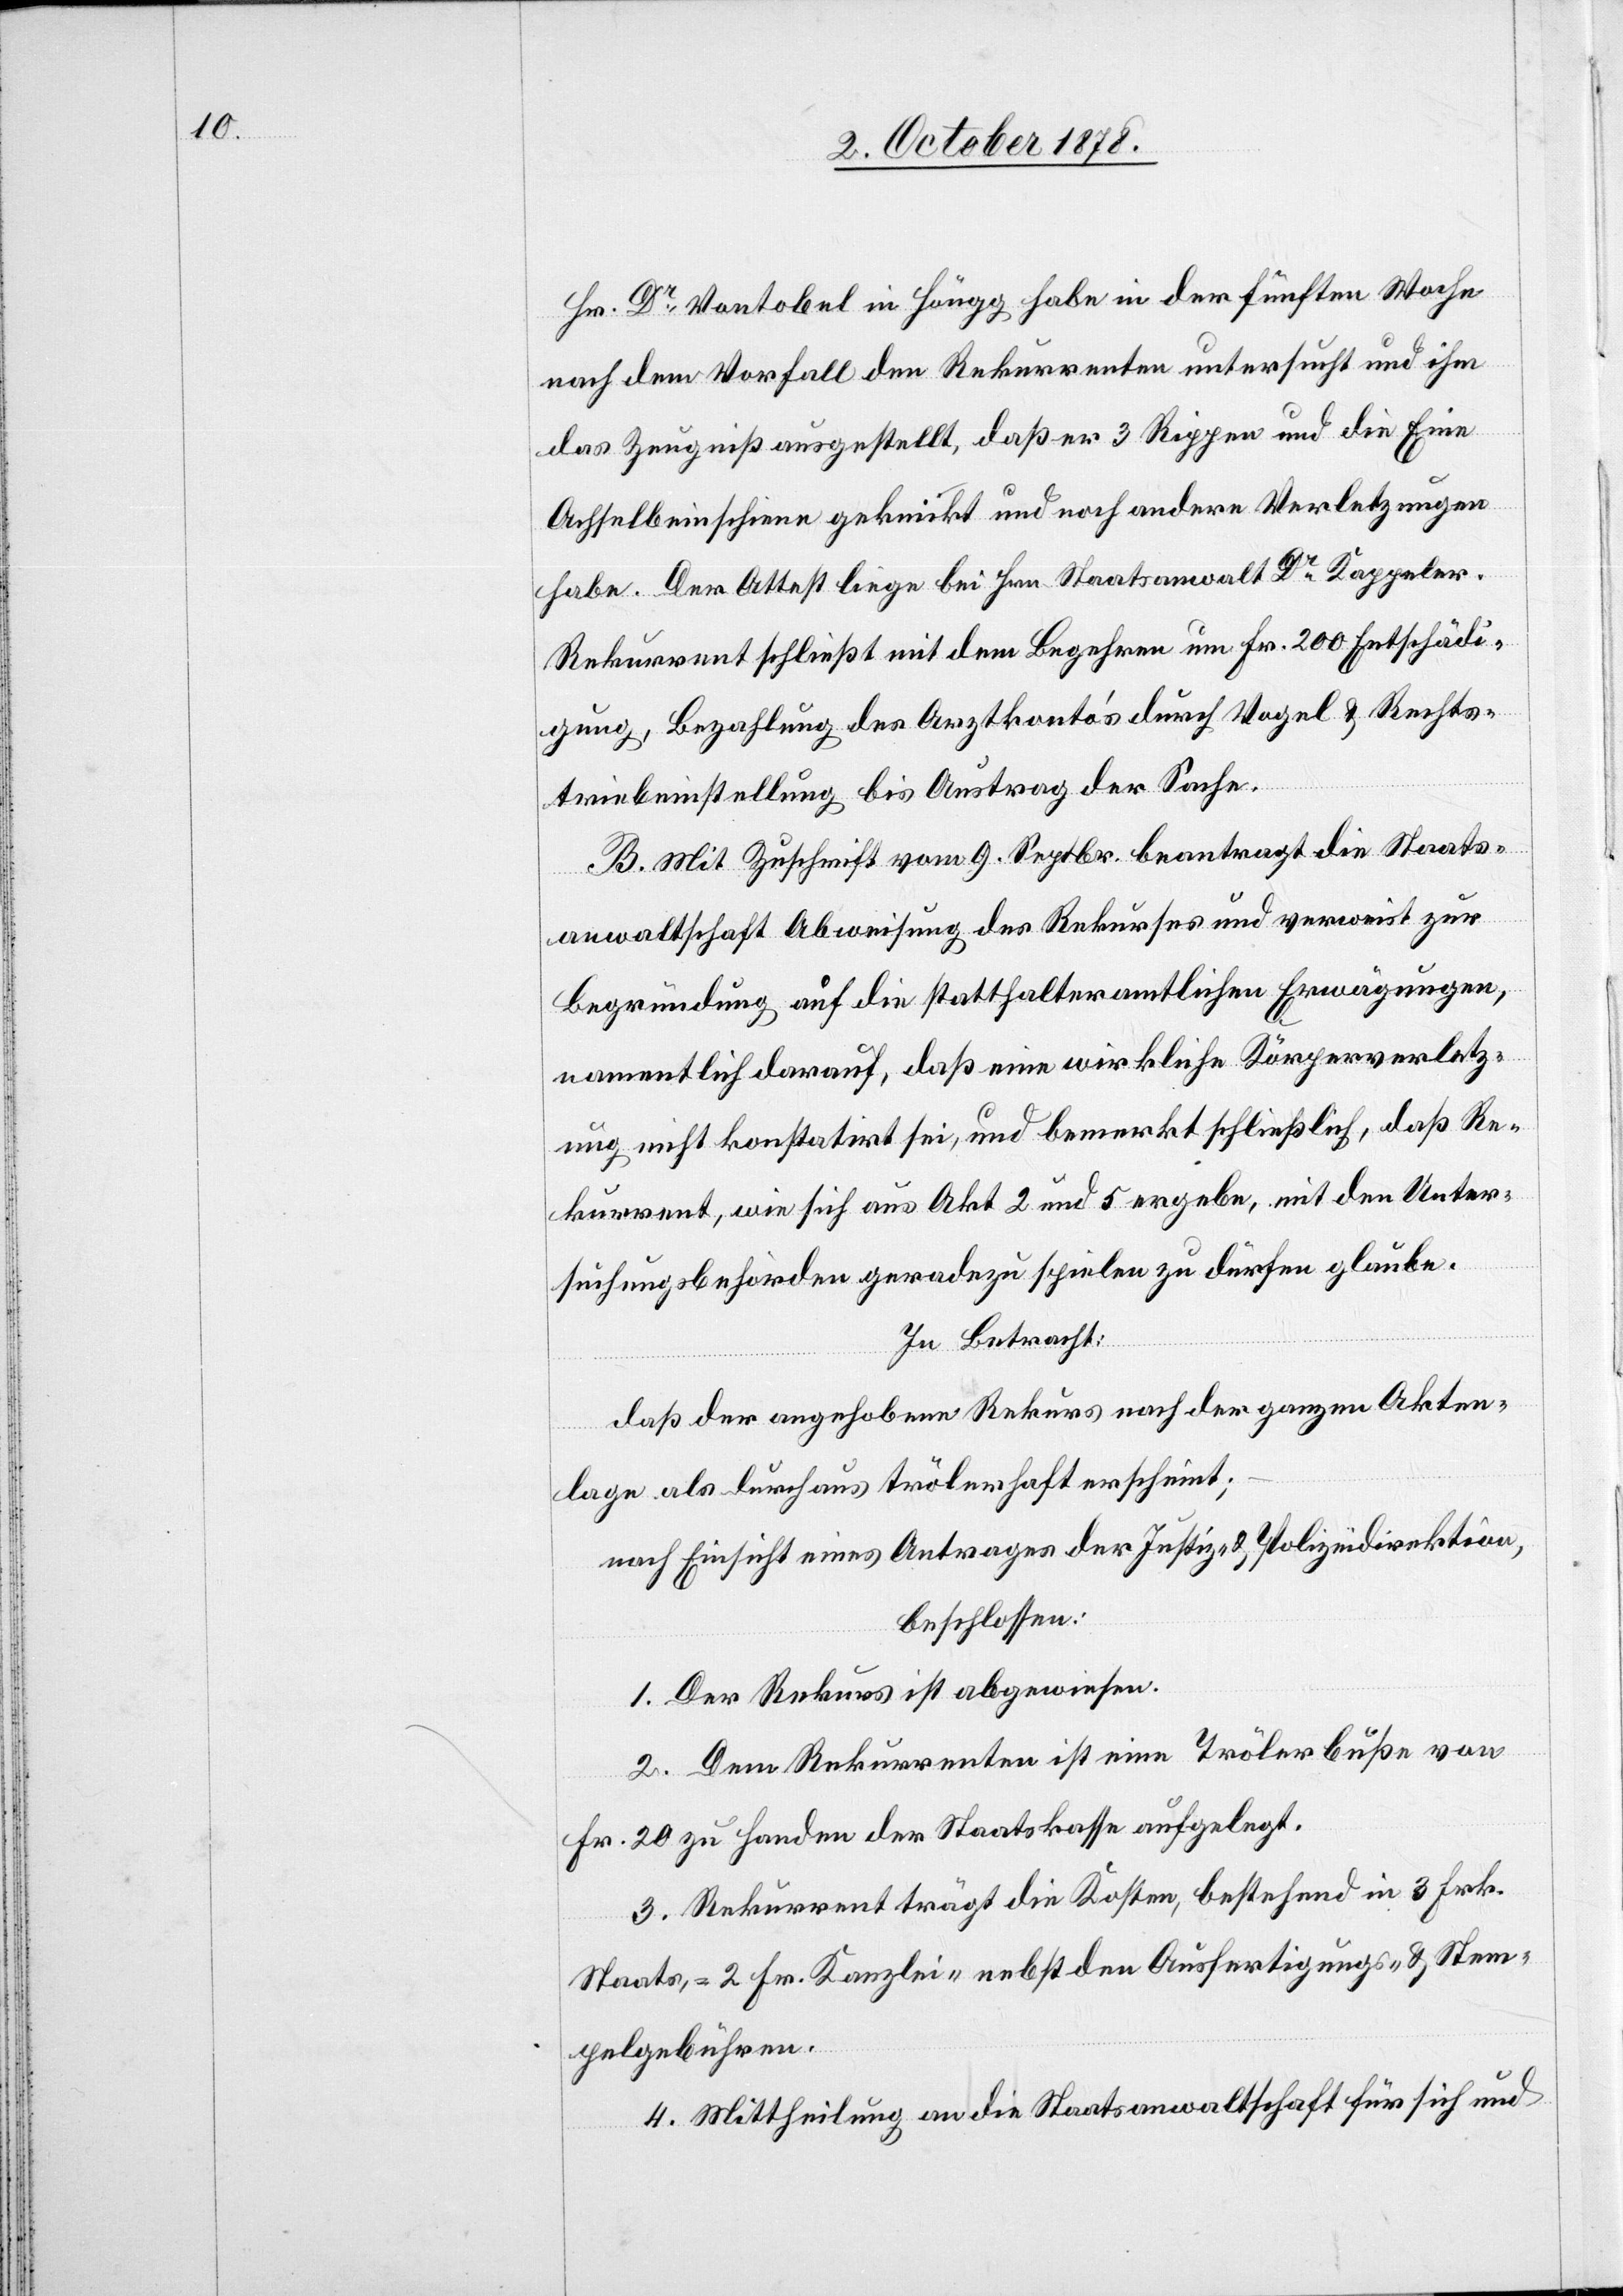
Hr. Dr Vontobel in Höngg habe in der fünften Woche
nach dem Vorfall den Rekurrenten untersucht und ihm
das Zeugniß ausgestellt, daß er 3 Rippen und die Eine
Achselbeinsciene geknickt und noch andere Verletzungen
habe. Der Attest liege bei Hrn. Staatsanwalt Dr Kappeler.
Rekurrent schließt mit dem Begehren um Fr. 200 Entschädi¬
gung, Bezahlung des Arztkonto’s durch Vogel & Rechts¬
triebeinstellung bis Austrag der Sache.
B. Mit Zuschrift vom 9. Septbr. beantragt die Staats¬
anwaltschaft Abweisung des Rekurses und verweist zur
Begründung auf die statthalteramtlichen Erwägungen,
namentlich darauf, daß eine wirkliche Körperverletz¬
ung nicht konstatirt sei, und bemerkt schließlich, daß Re¬
kurrent, wie sich aus Akt 2 und 5 ergebe, mit den Unter¬
suchungsbehörden geradezu spielen zu dürfen glaube.
In Betracht:
daß der angehobene Rekurs nach der ganzen Akten¬
lage als durchaus trölerhaft erscheint;
nach Einsicht eines Antrages der Justiz- & Polizeidirektion,
beschlossen:
1. Der Rekurs ist abgewiesen.
2. Dem Rekurrenten ist eine Trölerbuße von
Fr. 20 zu Handen der Staatskasse aufgelegt.
3. Rekurrent trägt die Kosten, bestehend in 3 Frk.
Staats-, 2 Fr. Kanzlei- nebst den Ausfertigungs- und Stem¬
pelgebühren.
4. Mittheilung an die Staatsanwaltschaft für sich und